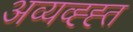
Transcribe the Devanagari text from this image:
अव्यव्ह्ह्त